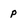
Character: p